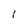
Character: I